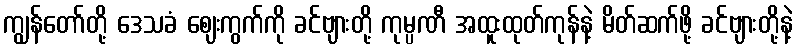
ကျွန်တော်တို့ ဒေသခံ ဈေးကွက်ကို ခင်ဗျားတို့ ကုမ္ပဏီ အထူးထုတ်ကုန်နဲ့ မိတ်ဆက်ဖို့ ခင်ဗျားတို့နဲ့